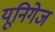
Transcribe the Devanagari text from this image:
यूनिगेज